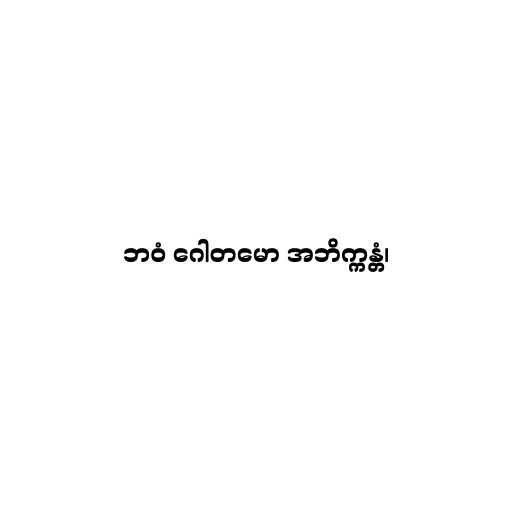
ဘဝံ ဂေါတမော အဘိက္ကန္တံ၊